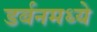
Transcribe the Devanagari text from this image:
डर्बनमध्ये